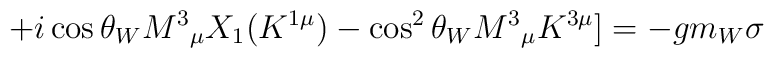
+i\cos \theta_{W} M^{3}{}_{\mu }X_{1}(K^{1\mu })-\cos ^{2}\theta_{W}M^{3}{}_{\mu }K^{3\mu }]=-gm_{W}\sigma